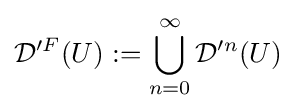
{\mathcal {D}}'^{F}(U):=\bigcup _{n=0}^{\infty }{\mathcal {D}}'^{n}(U)